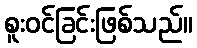
စူးဝင်ခြင်းဖြစ်သည်။